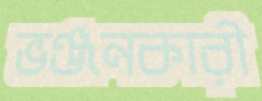
ভঞ্জনকারী